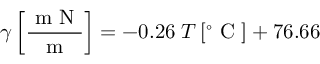
\gamma \left[ \frac { \mathrm { ~ m ~ N ~ } } { \mathrm { ~ m ~ } } \right] = - 0 . 2 6 \; T \, [ ^ { \circ } \mathrm { ~ C ~ } ] + 7 6 . 6 6